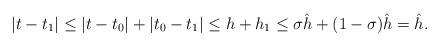
LaTeX: \begin{align*}|t-t_1| \le |t-t_0|+|t_0-t_1|\le h + h_1\le \sigma \hat h + (1-\sigma) \hat h= \hat h.\end{align*}